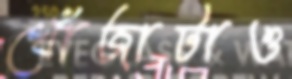
খোঁজাটাও